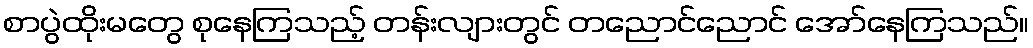
စာပွဲထိုးမတွေ စုနေကြသည့် တန်းလျားတွင် တညောင်ညောင် အော်နေကြသည်။